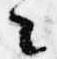
々